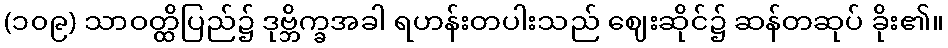
(၁၀၉) သာဝတ္ထိပြည်၌ ဒုဗ္ဘိက္ခအခါ ရဟန်းတပါးသည် ဈေးဆိုင်၌ ဆန်တဆုပ် ခိုး၏။